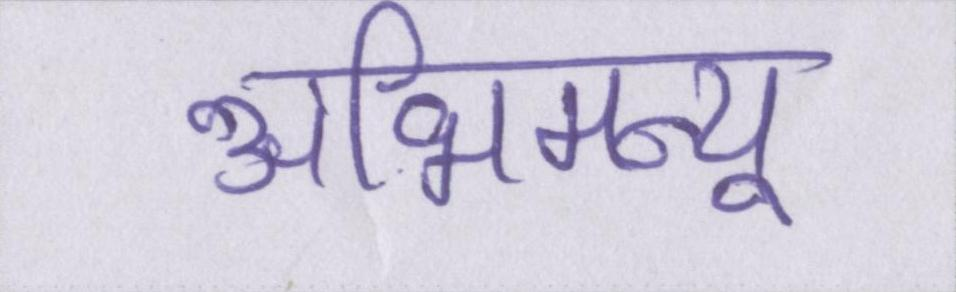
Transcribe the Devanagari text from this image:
अभिमन्यू